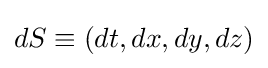
dS\equiv (dt,dx,dy,dz)